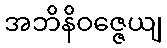
အဘိနိဝဇ္ဇေယျ